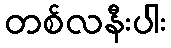
တစ်လနီးပါး